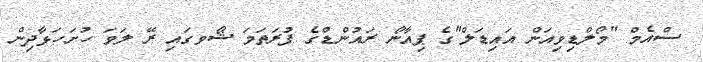
ސްއެމް "މޯލްޑިވިއަން އައިޑަލް"ގެ ޕިއާނޯ ރައުންޑްގެ ފުރަތަމަ ޝޯވގައި ރޭ ލަވަ ހުށަހަޅާދިން